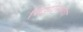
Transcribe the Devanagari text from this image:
मिझोरमचा